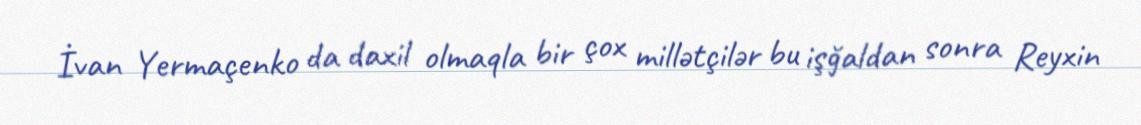
İvan Yermaçenko da daxil olmaqla bir çox millətçilər bu işğaldan sonra Reyxin